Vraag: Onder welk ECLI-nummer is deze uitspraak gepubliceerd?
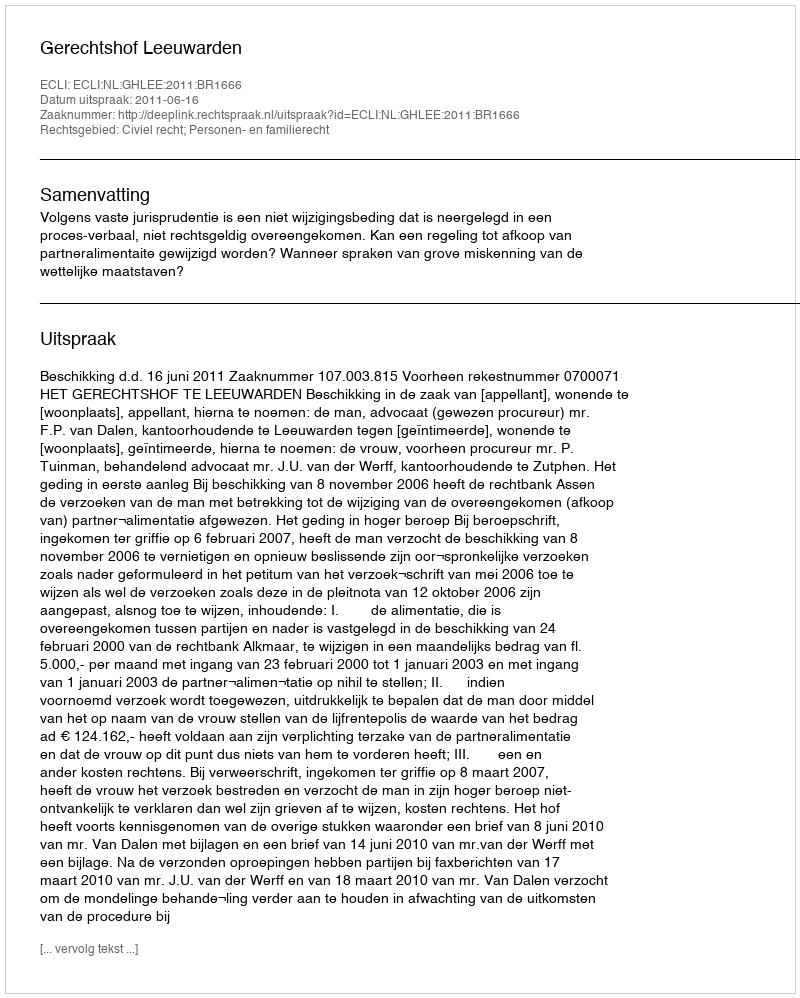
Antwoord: ECLI:NL:GHLEE:2011:BR1666